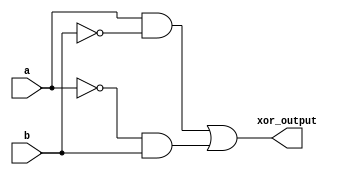
module xor_gate_using_tm_gates (
    input a, 
    input b,
    output xor_output
);

wire transmission_gate1, transmission_gate2, xor_gate_output;

assign transmission_gate1 = a & ~b;
assign transmission_gate2 = ~a & b;

assign xor_gate_output = transmission_gate1 | transmission_gate2;

assign xor_output = xor_gate_output;

endmodule